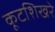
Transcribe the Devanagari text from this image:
कूटशिखरे